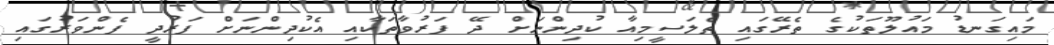
މައިގަނޑު މައުލޫތަކުގެ ތެރޭގައި ތެލަސީމިއާ ކުދިންނަށް ދޭ ފަރުވާތަކާއި އެކުދިންނަށް ފަރުދީ ފެންވަރުގައި